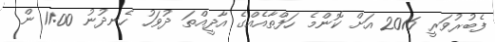
ފެބުރުވަރީ 2016 އަށް ކޮންމެ ހަފްތާއެއްގެ އާދީއްތަ ދުވަހު ހެނދުނު 11:00 ން